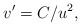
\begin{align*}v'=C/u^2,\end{align*}